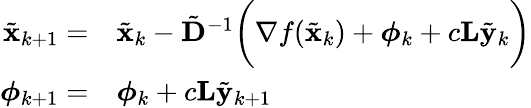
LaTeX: \begin{array}{rl}{\tilde{\mathbf{x}}_{k+1}=}&{\tilde{\mathbf{x}}_{k}-\tilde{\mathbf{D}}^{-1}\bigg(\nabla f(\tilde{\mathbf{x}}_{k})+\boldsymbol{\phi}_{k}+c\mathbf{L}\tilde{\mathbf{y}}_{k}\bigg)}\\ {\boldsymbol{\phi}_{k+1}=}&{\boldsymbol{\phi}_{k}+c\mathbf{L}\tilde{\mathbf{y}}_{k+1}}\end{array}